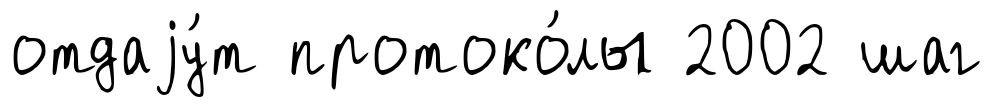
отдаjу́т протоко́лы 2002 шаг